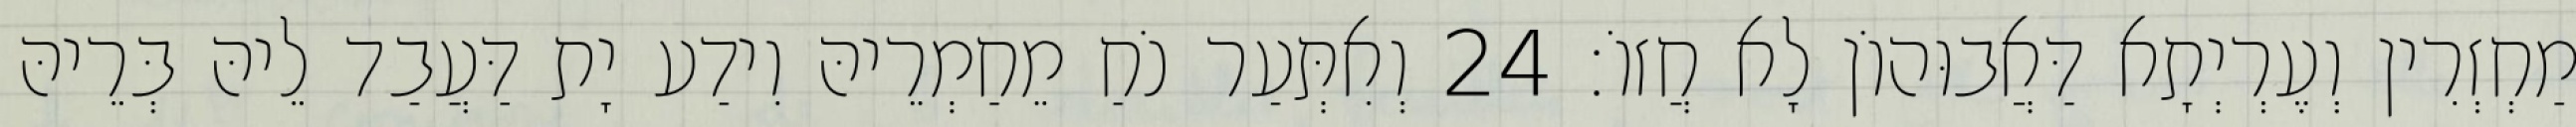
מַחְזְרִין וְעֶרְיְתָא דַּאֲבוּהוֹן לָא חֲזוֹ׃ 24 וְאִתְּעַר נֹחַ מֵחַמְרֵיהּ וִידַע יָת דַּעֲבַד לֵיהּ בְּרֵיהּ